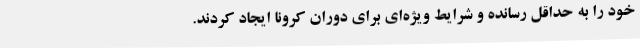
خود را به حداقل رسانده و شرایط ویژه‌ای برای دوران کرونا ایجاد کردند.